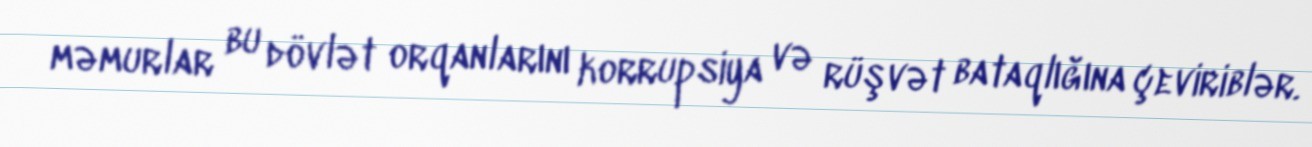
məmurlar bu dövlət orqanlarını korrupsiya və rüşvət bataqlığına çeviriblər.